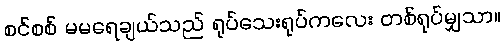
စင်စစ် မမရေချယ်သည် ရုပ်သေးရုပ်ကလေး တစ်ရုပ်မျှသာ။